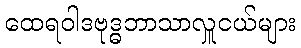
ထေရဝါဒဗုဒ္ဓဘာသာလှူငယ်များ